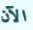
الآن